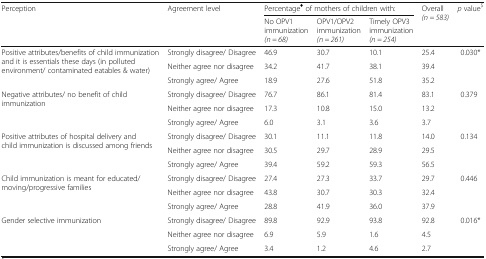
| <ROWSPAN=2> Perception | <ROWSPAN=2> Agreement level | <COLSPAN=3> Percentage♦ of mothers of children with: | <ROWSPAN=2> Overall(n = 583) | <ROWSPAN=2> p value$ |
 | No OPV1 immunization(n = 68) | OPV1/OPV2 immunization(n = 261) | Timely OPV3 immunization(n = 254) |
 | --- | --- | --- | --- | --- | --- | --- |
 | <ROWSPAN=3> Positive attributes/benefits of child immunization and it is essentials these days (in polluted environment/ contaminated eatables & water) | Strongly disagree/ Disagree | 46.9 | 30.7 | 10.1 | 25.4 | 0.030* |
 | Neither agree nor disagree | 34.2 | 41.7 | 38.1 | 39.4 |  |
 | Strongly agree/ Agree | 18.9 | 27.6 | 51.8 | 35.2 |  |
 | <ROWSPAN=3> Negative attributes/ no benefit of child immunization | Strongly disagree/ Disagree | 76.7 | 86.1 | 81.4 | 83.1 | 0.379 |
 | Neither agree nor disagree | 17.3 | 10.8 | 15.0 | 13.2 |  |
 | Strongly agree/ Agree | 6.0 | 3.1 | 3.6 | 3.7 |  |
 | <ROWSPAN=3> Positive attributes of hospital delivery and child immunization is discussed among friends | Strongly disagree/ Disagree | 30.1 | 11.1 | 11.8 | 14.0 | 0.134 |
 | Neither agree nor disagree | 30.5 | 29.7 | 28.9 | 29.5 |  |
 | Strongly agree/ Agree | 39.4 | 59.2 | 59.3 | 56.5 |  |
 | <ROWSPAN=3> Child immunization is meant for educated/moving/progressive families | Strongly disagree/ Disagree | 27.4 | 27.3 | 33.7 | 29.7 | 0.446 |
 | Neither agree nor disagree | 43.8 | 30.7 | 30.3 | 32.4 |  |
 | Strongly agree/ Agree | 28.8 | 41.9 | 36.0 | 37.9 |  |
 | <ROWSPAN=3> Gender selective immunization | Strongly disagree/ Disagree | 89.8 | 92.9 | 93.8 | 92.8 | 0.016* |
 | Neither agree nor disagree | 6.9 | 5.9 | 1.6 | 4.5 |  |
 | Strongly agree/ Agree | 3.4 | 1.2 | 4.6 | 2.7 |  |